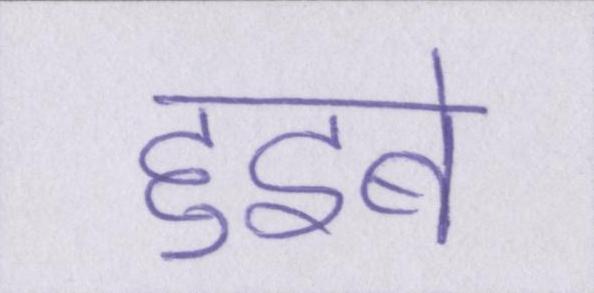
हुइबे